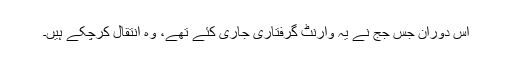
اِس دوران جس جج نے یہ وارنٹ گرفتاری جاری کئے تھے، وہ انتقال کرچکے ہیں۔